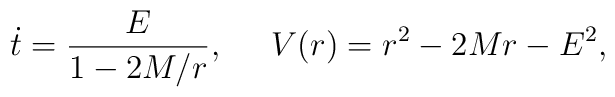
\dot{t}=\frac{E}{1-2M/r},\;\;\;\;\;V(r)=r^2-2Mr-E^2,